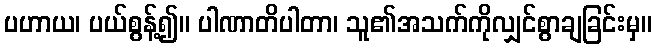
ပဟာယ၊ ပယ်စွန့်၍။ ပါဏာတိပါတာ၊ သူ၏အသက်ကိုလျှင်စွာချခြင်းမှ။